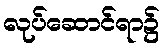
လုပ်ဆောင်ရာ၌